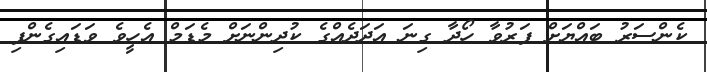
ކެންސަރު ބައްޔަށް ފަރުވާ ހޯދާ ގިނަ އަދަދެއްގެ ކުދިންނަށް މެޑަމް އެހީވެ ވަޑައިގެންފި